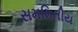
સમમિતીય